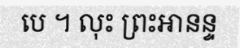
បេ ។ លុះ ព្រះអានន្ទ